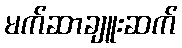
မက်ဆာချူးဆက်